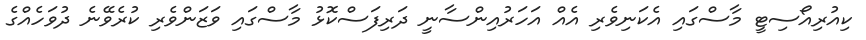
ކިއުރިއޯސިޓީ މާސްގައި އެކަނިވެރި އެއް އަހަރުއިންސާނީ ދަރިފަސްކޮޅު މާސްގައި ވަޒަންވެރި ކުރެވޭނެ ދުވަހެއްގެ